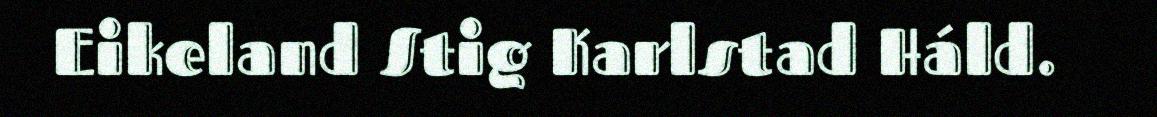
Eikeland Stig Karlstad Háld.